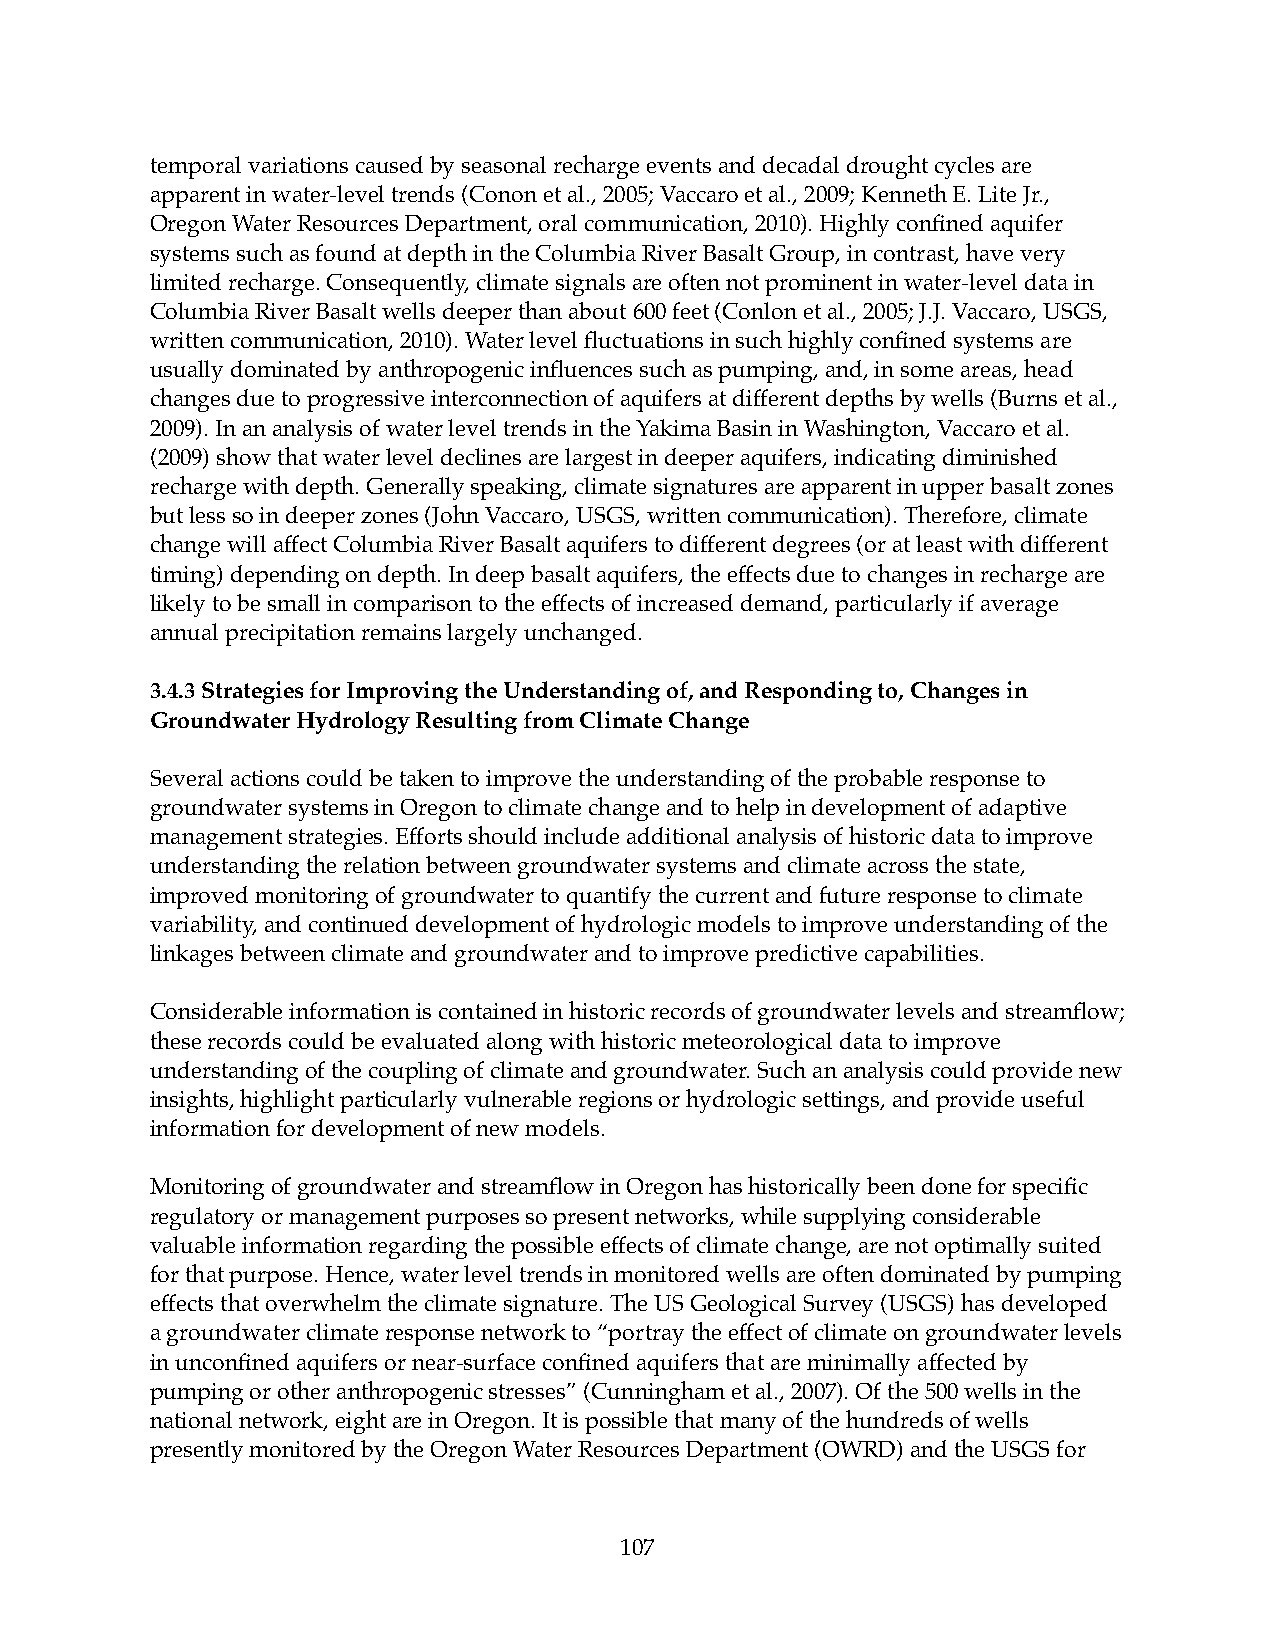
temporal variations caused by seasonal recharge events and decadal drought cycles are
 apparent in water-level trends (Conon et al., 2005; Vaccaro et al., 2009; Kenneth E. Lite Jr.,
 Oregon Water Resources Department, oral communication, 2010). Highly confined aquifer
 systems such as found at depth in the Columbia River Basalt Group, in contrast, have very
 limited recharge. Consequently, climate signals are often not prominent in water-level data in
 Columbia River Basalt wells deeper than about 600 feet (Conlon et al., 2005; J.J. Vaccaro, USGS,
 written communication, 2010). Water level fluctuations in such highly confined systems are
 usually dominated by anthropogenic influences such as pumping, and, in some areas, head
 changes due to progressive interconnection of aquifers at different depths by wells (Burns et al.,
 2009). In an analysis of water level trends in the Yakima Basin in Washington, Vaccaro et al.
 (2009) show that water level declines are largest in deeper aquifers, indicating diminished
 recharge with depth. Generally speaking, climate signatures are apparent in upper basalt zones
 but less so in deeper zones (John Vaccaro, USGS, written communication). Therefore, climate
 change will affect Columbia River Basalt aquifers to different degrees (or at least with different
 timing) depending on depth. In deep basalt aquifers, the effects due to changes in recharge are
 likely to be small in comparison to the effects of increased demand, particularly if average
 annual precipitation remains largely unchanged.
 3.4.3 Strategies for Improving the Understanding of, and Responding to, Changes in
 Groundwater Hydrology Resulting from Climate Change
 Several actions could be taken to improve the understanding of the probable response to
 groundwater systems in Oregon to climate change and to help in development of adaptive
 management strategies. Efforts should include additional analysis of historic data to improve
 understanding the relation between groundwater systems and climate across the state,
 improved monitoring of groundwater to quantify the current and future response to climate
 variability, and continued development of hydrologic models to improve understanding of the
 linkages between climate and groundwater and to improve predictive capabilities.
 Considerable information is contained in historic records of groundwater levels and streamflow;
 these records could be evaluated along with historic meteorological data to improve
 understanding of the coupling of climate and groundwater. Such an analysis could provide new
 insights, highlight particularly vulnerable regions or hydrologic settings, and provide useful
 information for development of new models.
 Monitoring of groundwater and streamflow in Oregon has historically been done for specific
 regulatory or management purposes so present networks, while supplying considerable
 valuable information regarding the possible effects of climate change, are not optimally suited
 for that purpose. Hence, water level trends in monitored wells are often dominated by pumping
 effects that overwhelm the climate signature. The US Geological Survey (USGS) has developed
 a groundwater climate response network to “portray the effect of climate on groundwater levels
 in unconfined aquifers or near-surface confined aquifers that are minimally affected by
 pumping or other anthropogenic stresses” (Cunningham et al., 2007). Of the 500 wells in the
 national network, eight are in Oregon. It is possible that many of the hundreds of wells
 presently monitored by the Oregon Water Resources Department (OWRD) and the USGS for
 107